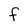
Character: F